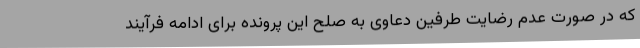
که در صورت عدم رضایت طرفین دعاوی به صلح این پرونده برای ادامه فرآیند